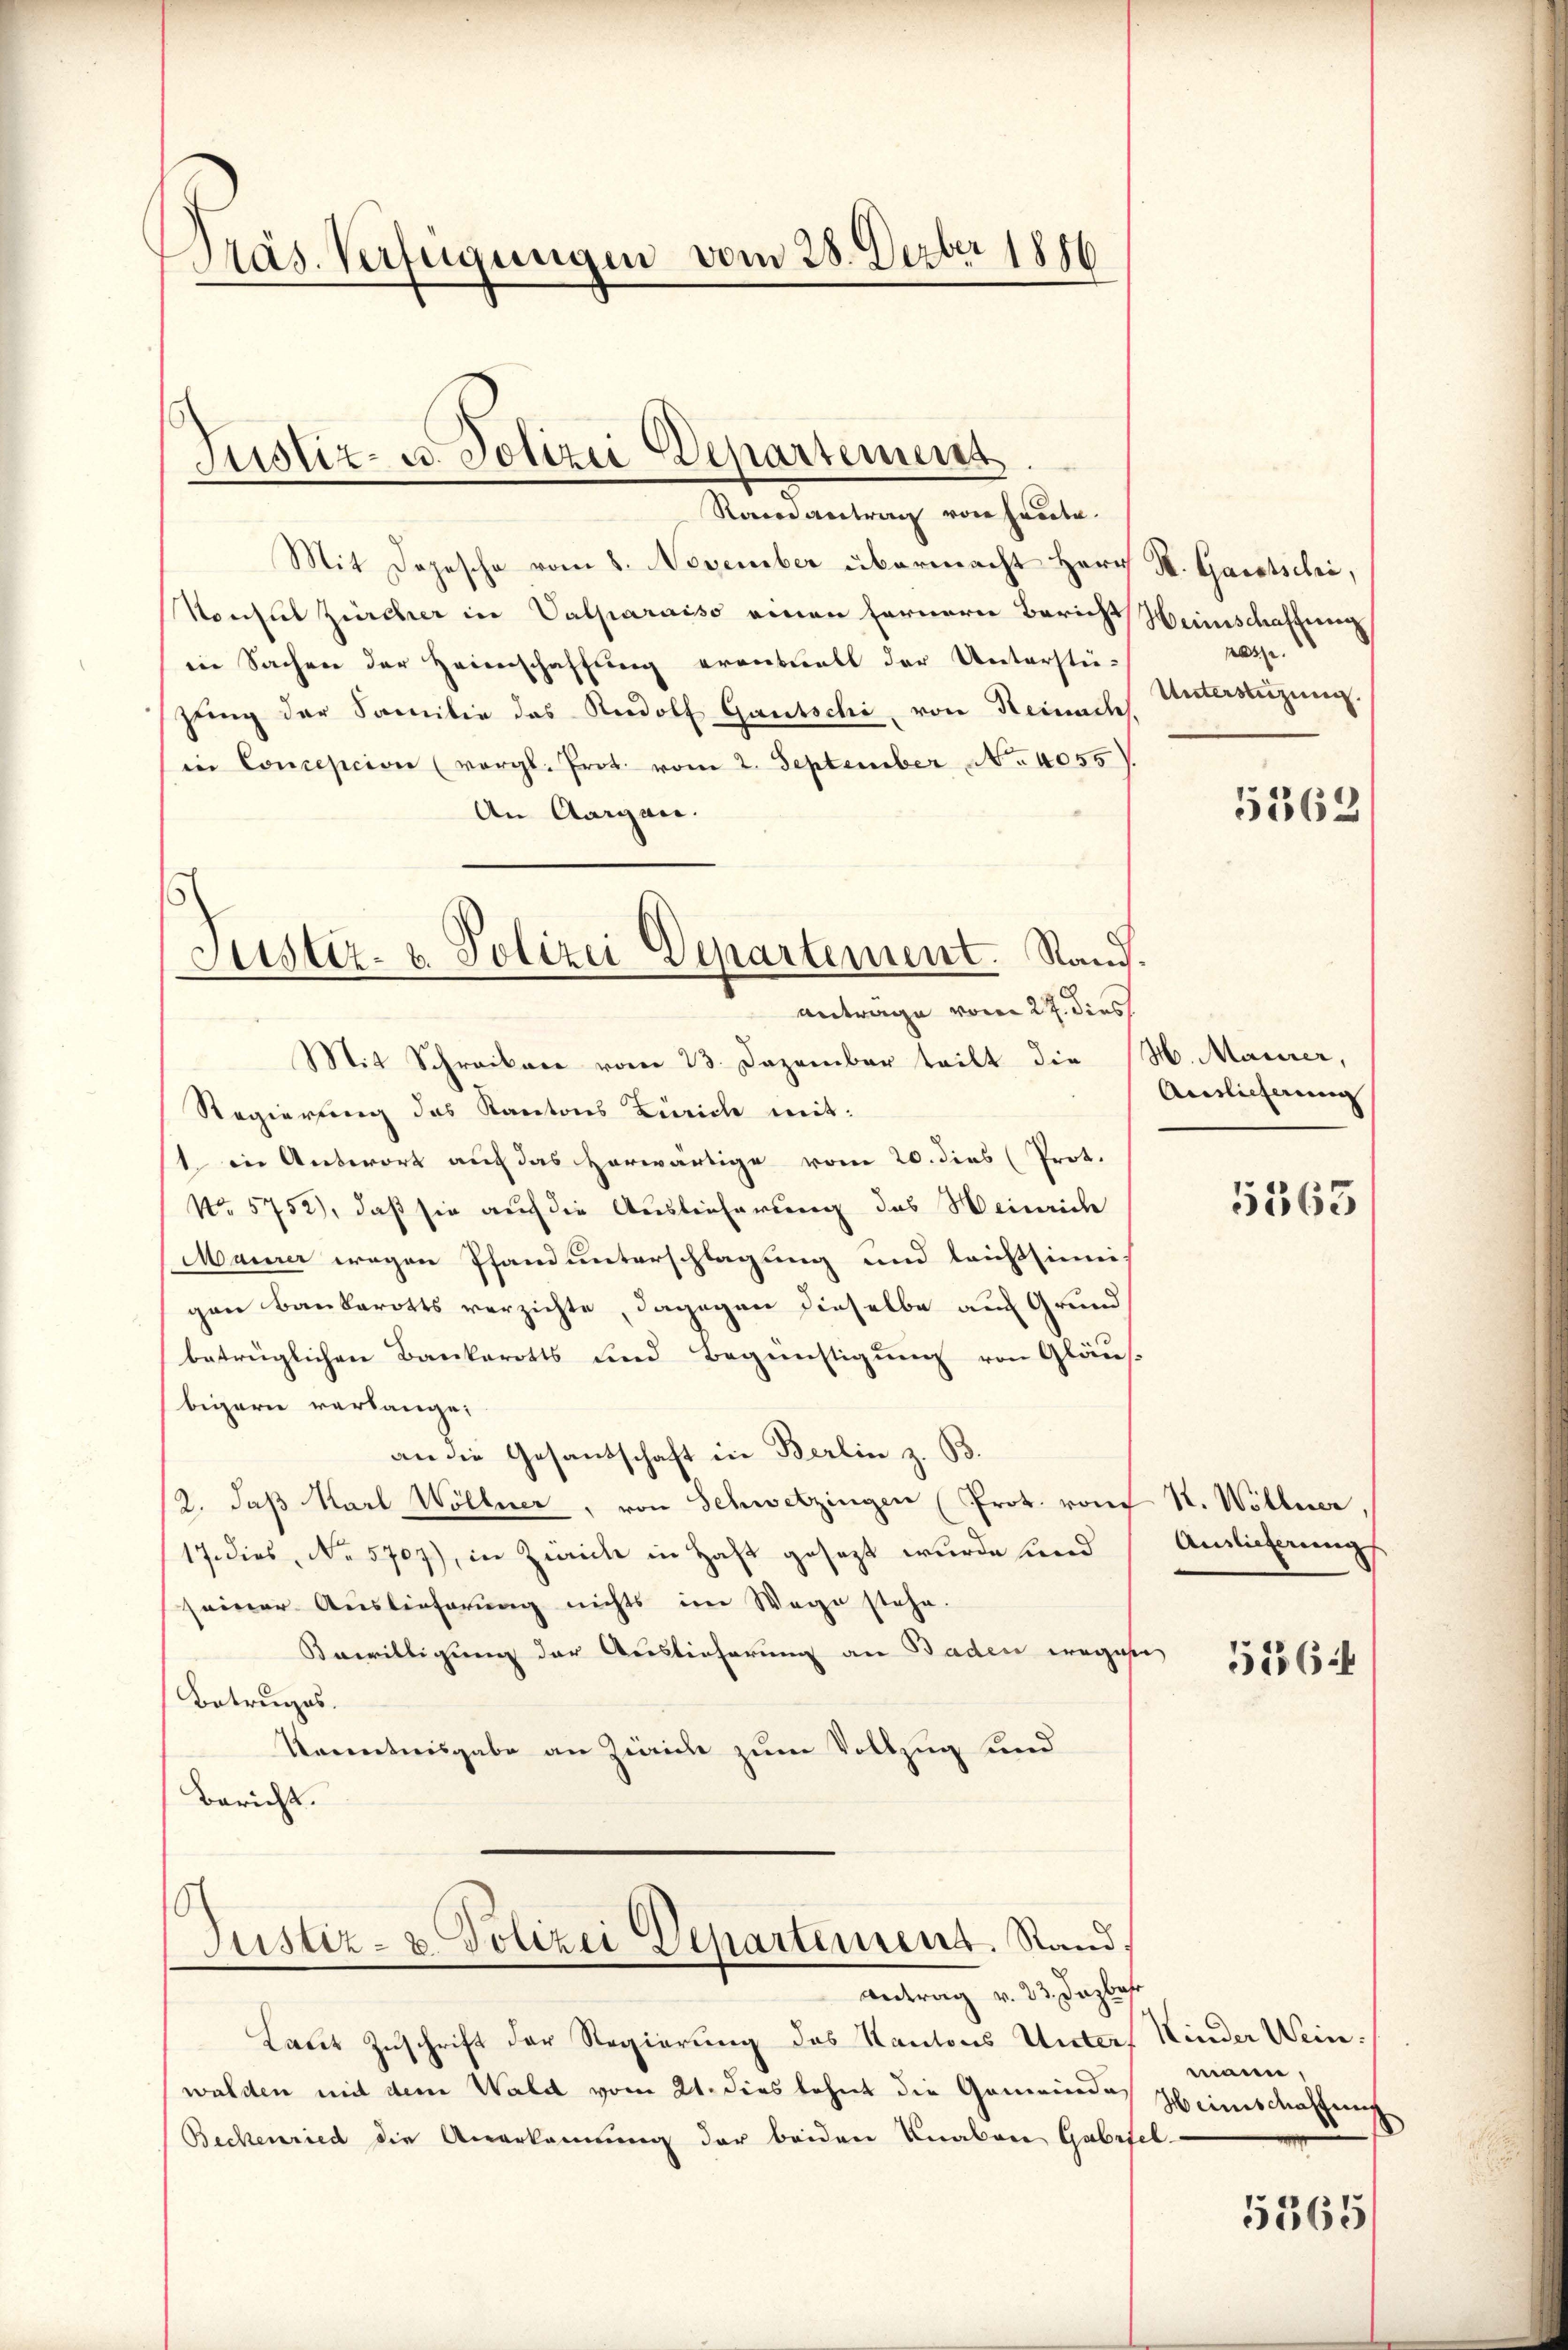
Präs. Verfügungen vom 28. Dezbr 1886

Justiz- u. Polizei Departement

Randantrag von heute.
Mit Depesche vom 8. November übermacht Herr St. Gastschi,
Konsul Zürcher in Valparaiso einen fernern Bericht
in Sachen der Heimschaffung erantualt der Unterstei-
zung der Familie das Rudolf Gautschi, von Reinach
in Concepcion (vergl. Prot. vom 2. September No. 4055).
An Aargau.
antrage vom 27. dies
Mit Schreiben vom 23. Dezember teilt die
Regierung des Kantons Zürich mit:
1 in Antwort auf das herwärtige vom 20. dies (Prot.
No 5752), daß sie auf die Auslieferung des Weinrich
Maurer wegen Pfand unterschlagung und leichtsinni
gen Baubarotts verzichte, dagegen dieselbe auf Grund
betrüglichen Bankerotts und Begünstigung von Gläus-
bigerie verlange.
an die Gesandschaft in Berlin z. B.
12. daβ Karl Wöllner, von Schwetzingen (Prot. von R. Wöllner,
17. dies, No 5707), in Zürich in Haft gesezt wurde und
seiner Auslieferung nichts im Wege stehe.
Bewilligung der Auslieferung an Baden wegesen
Betruges.
Kocentnisgabe an Zwicke zum Vollzug und
Bericht.

Justiz- u. Polizei Departement. Stand.

Justiz- u. Polizei Departement. Stand.

Antrag v. 23. Dazbahr
Laut Zuschrift der Regierung des Kantons Unter
walden mit dem Wald vom 21. dies lehnt die Gemeinde
Beckenried die Anerkennung der beiden Knaben Gabitel

Weinschaffung
passe
Unterstüzung.

5362

H. Maurer,
Auslicherung

5363

Anlicherung

51562

Kinder Wein.
mann,
Hinschaftung

5565